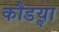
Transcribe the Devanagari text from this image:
कौडॢया